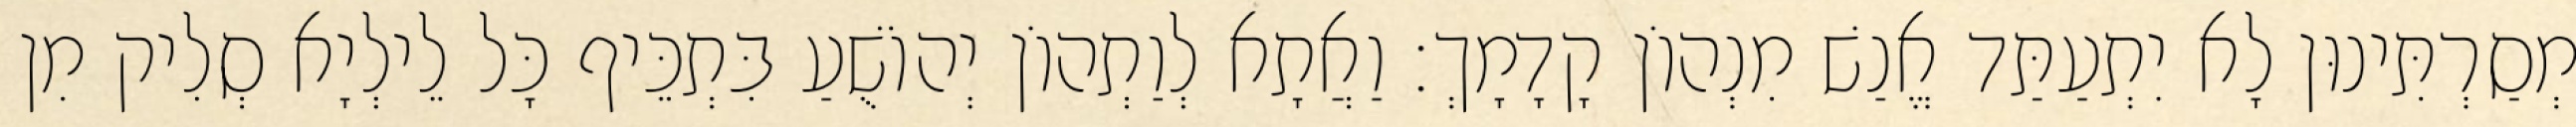
מְסַרְתִּינוּן לָא יִתְעַתַּד אֱנַשׁ מִנְהוֹן קָדָמָךְ׃ וַאֲתָא לְוַתְהוֹן יְהוֹשֻׁעַ בִּתְכֵּיף כָּל לֵילְיָא סְלִיק מִן